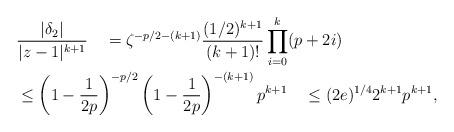
LaTeX: \begin{align*}&\frac{|\delta_2|}{|z-1|^{k+1}} \quad= \zeta^{-p/2-(k+1)}\frac{(1/2)^{k+1}}{(k+1)!} \prod_{i=0}^{k} (p+2i) \\ &\le \left( 1- \frac{1}{2p}\right)^{-p/2}\left( 1- \frac{1}{2p}\right)^{-(k+1)} p^{k+1} \quad\le (2e)^{1/4} 2^{k+1} p^{k+1} ,\end{align*}